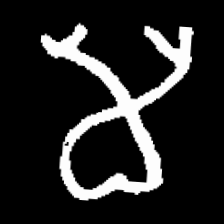
Pyu character \u2014 Myanmar letter: မ (romanized: ma)